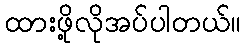
ထားဖို့လိုအပ်ပါတယ်။